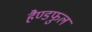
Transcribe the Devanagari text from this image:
हैण्डफुल